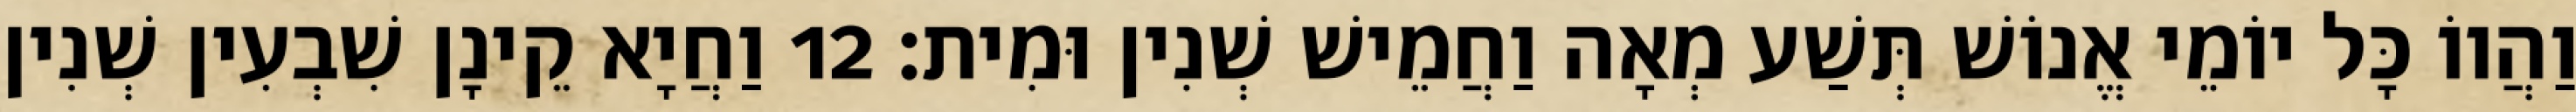
וַהֲווֹ כָּל יוֹמֵי אֱנוֹשׁ תְּשַׁע מְאָה וַחֲמֵישׁ שְׁנִין וּמִית׃ 12 וַחֲיָא קֵינָן שִׁבְעִין שְׁנִין